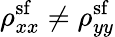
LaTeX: \rho_{xx}^{\mathrm{sf}}\neq\rho_{yy}^{\mathrm{sf}}